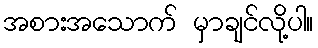
အစားအသောက် မှာချင်လို့ပါ။